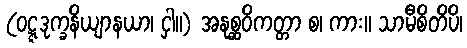
(ဝဋ္ဋဒုက္ခနိယျာနယာ၊ ငှါ။) အနုစ္ဆဝိကတ္တာ စ၊ ကား။ သာမီစိတိပိ၊